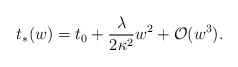
\begin{align*} t_\ast(w)=t_0+\frac{\lambda}{2\kappa^2}w^2+\mathcal{O}(w^3).\end{align*}